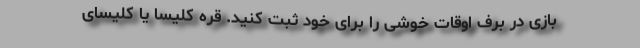
بازی در برف اوقات خوشی را برای خود ثبت کنید. قره کلیسا یا کلیسای